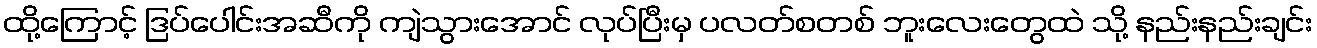
ထို့ကြောင့် ဒြပ်ပေါင်းအဆီကို ကျဲသွားအောင် လုပ်ပြီးမှ ပလတ်စတစ် ဘူးလေးတွေထဲ သို့ နည်းနည်းချင်း